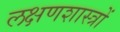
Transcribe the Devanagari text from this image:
लक्षणशास्त्रों